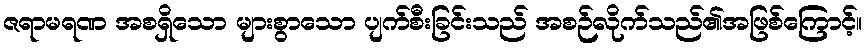
ဇရာမရဏ အစရှိသော များစွာသော ပျက်စီးခြင်းသည် အစဉ်လိုက်သည်၏အဖြစ်ကြောင့်။